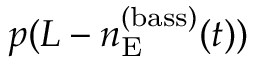
p ( L - n _ { \mathrm { E } } ^ { ( \mathrm { b a s s } ) } ( t ) )